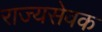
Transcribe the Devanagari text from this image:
राज्यसेवक